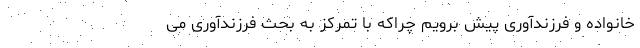
خانواده و فرزندآوری پیش برویم چراکه با تمرکز به بحث فرزندآوری می‌